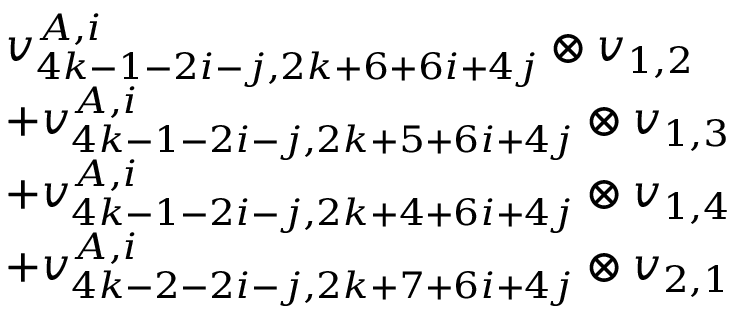
\begin{array} { r l } & { v _ { 4 k - 1 - 2 i - j , 2 k + 6 + 6 i + 4 j } ^ { A , i } \otimes v _ { 1 , 2 } } \\ & { + v _ { 4 k - 1 - 2 i - j , 2 k + 5 + 6 i + 4 j } ^ { A , i } \otimes v _ { 1 , 3 } } \\ & { + v _ { 4 k - 1 - 2 i - j , 2 k + 4 + 6 i + 4 j } ^ { A , i } \otimes v _ { 1 , 4 } } \\ & { + v _ { 4 k - 2 - 2 i - j , 2 k + 7 + 6 i + 4 j } ^ { A , i } \otimes v _ { 2 , 1 } } \end{array}